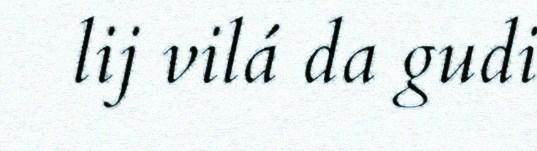
lij vilá da gudi